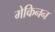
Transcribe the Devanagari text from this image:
मेकिनन